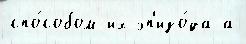
спо́собом их эп'изо́да а